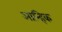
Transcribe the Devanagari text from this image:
आन्हिक